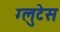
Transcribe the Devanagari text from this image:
ग्लुटेस